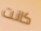
كانت